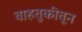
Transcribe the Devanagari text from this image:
वाहतुकीतून